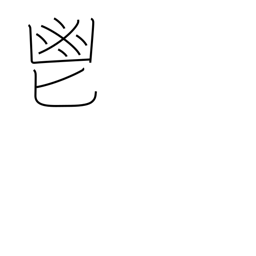
Meaning: fragrant herbs